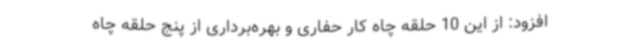
افزود: از این 10 حلقه چاه کار حفاری و بهره‌برداری از پنج حلقه چاه